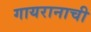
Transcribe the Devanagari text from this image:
गायरानाची